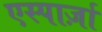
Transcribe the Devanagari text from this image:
एस्पार्ज़ा